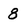
Character: 8